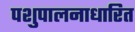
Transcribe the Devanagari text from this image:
पशुपालनाधारित